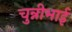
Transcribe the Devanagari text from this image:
चुन्नीभाई